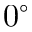
0 ^ { \circ }